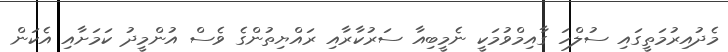
މެދުއިރުމަތީގައި ސުލްހަ ގާއިމްވުމަކީ ނެމީބިއާ ސަރުކާރާއި ރައްޔިތުންގެ ވެސް އުންމީދު ކަމަށާއި އެކަން